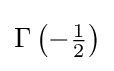
\Gamma \left(-{\tfrac {1}{2}}\right)